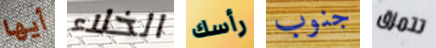
أيها الخلاء رأسك جنوب تتمزق